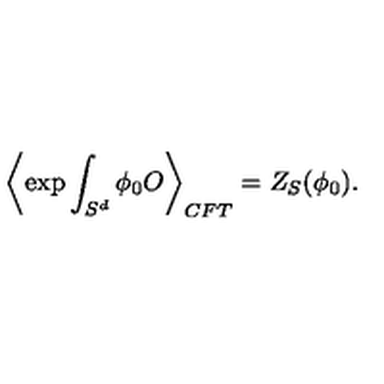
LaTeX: \left\langle \exp \int _ { S ^ { d } } \phi _ { 0 } O \right\rangle _ { C F T } = Z _ { S } ( \phi _ { 0 } ) .